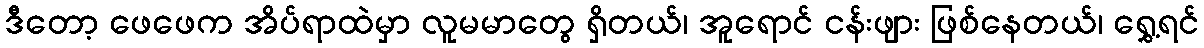
ဒီတော့ ဖေဖေက အိပ်ရာထဲမှာ လူမမာတွေ ရှိတယ်၊ အူရောင် ငန်းဖျား ဖြစ်နေတယ်၊ ရွှေ့ရင်